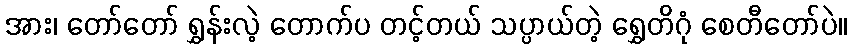
အား၊ တော်တော် ရွှန်းလဲ့ တောက်ပ တင့်တယ် သပ္ပာယ်တဲ့ ရွှေတိဂုံ စေတီတော်ပဲ။